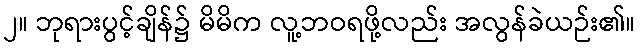
၂။ ဘုရားပွင့်ချိန်၌ မိမိက လူ့ဘဝရဖို့လည်း အလွန်ခဲယဉ်း၏။